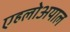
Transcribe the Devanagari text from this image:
एहलोअयाल